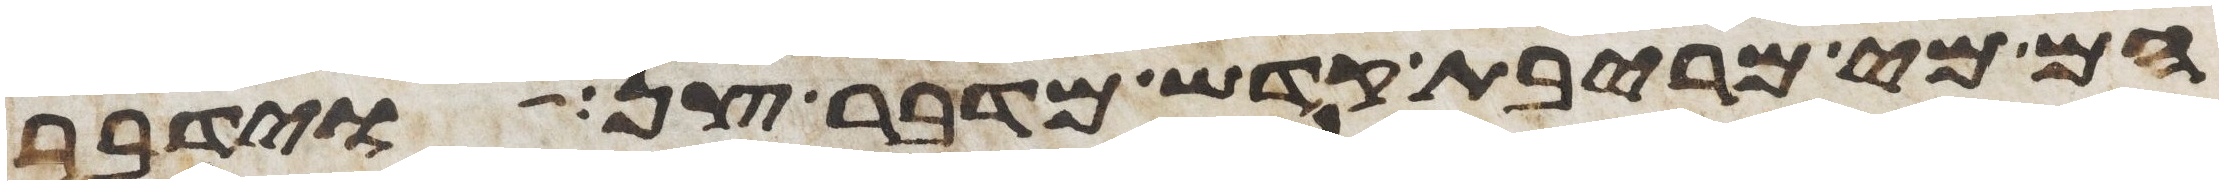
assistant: הם מי מריבת קדש מדבר צן וידבר